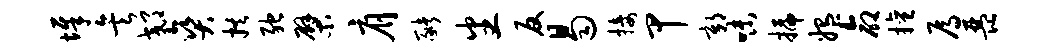
墀矣郊爽拱弛檗肩猪番反曷接甲鄣味插媪命擅焉琵